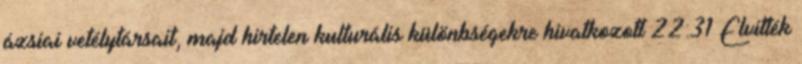
ázsiai vetélytársait, majd hirtelen kulturális különbségekre hivatkozott 22:31 Elvitték